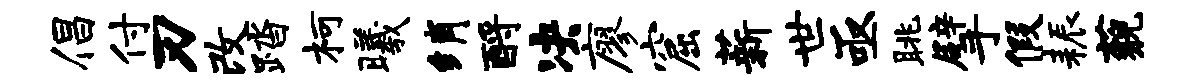
倡付刃改踏柯曦绡酹决廖窟薪世亟眺擘假耨藐